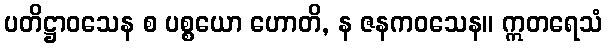
ပတိဋ္ဌာဝသေန စ ပစ္စယော ဟောတိ, န ဇနကဝသေန။ ဣတရေသံ